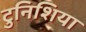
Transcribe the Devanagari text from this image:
टुनिशिया